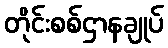
တိုင်းစစ်ဌာနချုပ်